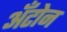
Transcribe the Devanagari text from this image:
अँटोन